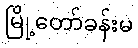
မြို့တော်ခန်းမ